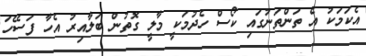
އެކަމަކު އެ ތަންތަނުގައި ކޯސް ހެދުމަކީ މާލީ ގޮތުން ބަލާއިރު އެހާ ފަސޭހަ